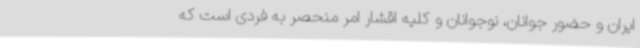
ایران و حضور جوانان، نوجوانان و کلیه اقشار امر منحصر به فردی است که